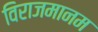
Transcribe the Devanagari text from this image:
विराजमानम